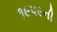
૧૯૫૯ની